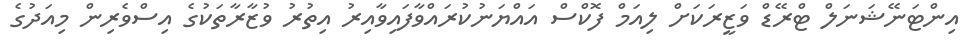
އިންޓަނޭޝަނަލް ޓްރޭޑް ވަޒީރަކަށް ލިއަމް ފޮކްސް އައްޔަނުކުރައްވާފައިވާއިރު އިތުރު ވުޒާރާތަކުގެ އިސްވެރިން މިއަދުގެ